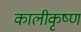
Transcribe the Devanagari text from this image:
कालीकृष्ण